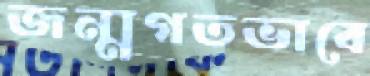
জন্মগতভাবে